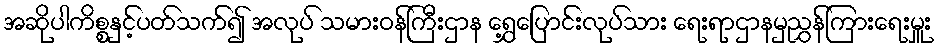
အဆိုပါကိစ္စနှင့်ပတ်သက်၍ အလုပ် သမားဝန်ကြီးဌာန ရွှေ့ပြောင်းလုပ်သား ရေးရာဌာနမှညွှန်ကြားရေးမှူး